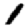
Digit: 1